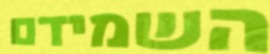
השמידם